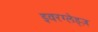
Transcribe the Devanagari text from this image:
इवरग्लेड्ज़